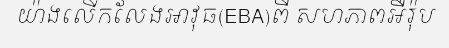
យ៉ាងលើកលែងអាវុធ(EBA)ពី សហភាពអឺរ៉ុប